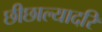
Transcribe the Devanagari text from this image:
छीछाल्यादरि